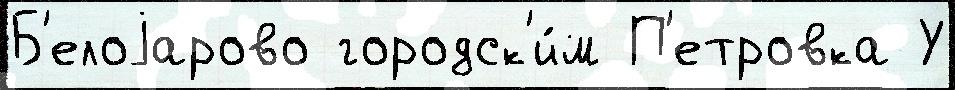
Б'елоjарово городск'и́м П'етровка У